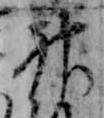
神